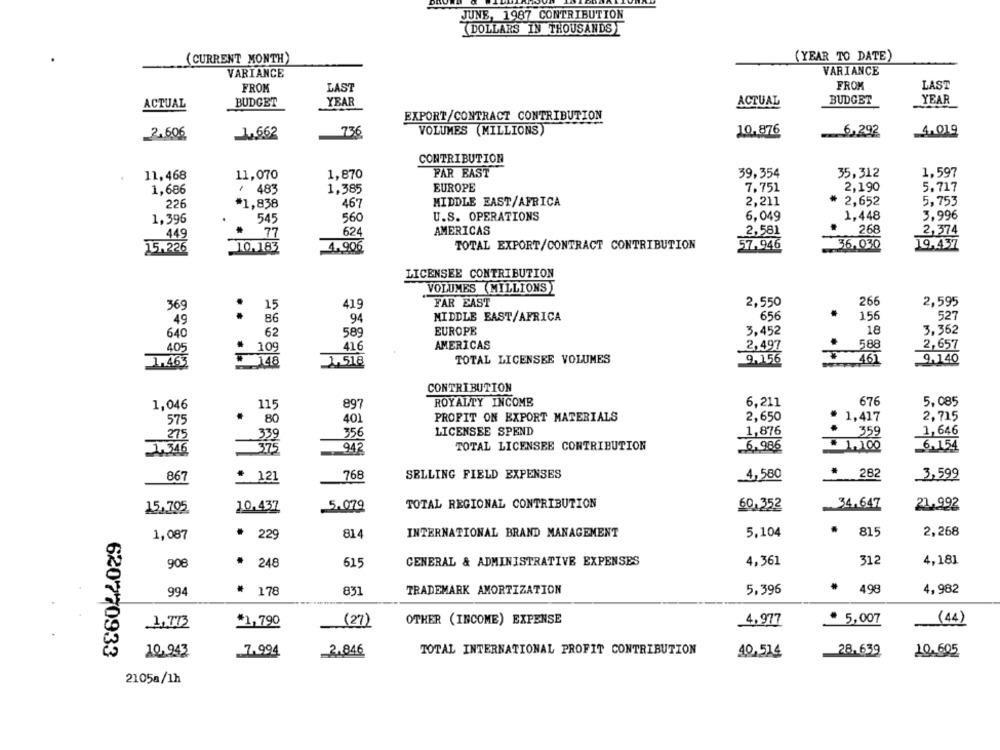
JUNE, 1987 CONTRIBUTION
DOLLARS IN THOUSANDS
(CURRENT MONTH)
(YEAR TO DATE)
VARIANCE
VARIANCE
FROM
LAST
FROM
LAST
ACTUAL
BUDGET
YEAR
ACTUAL
BUDGET
YEAR
EXPORT/CONTRACT CONTRIBUTION
2.606
1.662
736
VOLUMES (MILLIONS)
10.876
6,292
4.019
CONTRIBUTION
FAR EAST
39,354
35,312
1.597
11, 468
11,070
1,870
EUROPE
7,751
2,190
1,686
+ 485
1.385
5.717
MIDDLE EAST/AFRICA
2,211
2,652
5,753
226
*1,838
467
560
U.S. OPERATIONS
6,049
1,448
3,996
1,396
545
77
624
AMERICAS
2,581
268
2,374
449
1.226
TOTAL EXPORT/CONTRACT CONTRIBUTION
57,946
36,030
19,437
10.183
4.906
LICENSEE CONTRIBUTION
VOLUMES (MILLIONS)
266
369
15
419
FAR EAST
2,550
2,595
656
.
156
49
..
86
94
MIDDLE EAST/AFRICA
527
EUROPE
3.452
18
3,362
640
62
589
AMERICAS
2,497
588
2,657
405
416
TOTAL LICENSEE VOLUMES
9.156
+ 461
9.140
1.463
CONTRIBUTION
1,046
115
897
ROYALTY INCOMB
6,211
676
5,085
575
.
80
401
PROFIT ON EXPORT MATERIALS
2,650
* 1,417
2,715
275
356
LICENSEE SPEND
1,876
359
1, 646
2.316
942
TOTAL LICENSEE CONTRIBUTION
6.986
.100
6.154
867
* 121
768
SELLING FIELD EXPENSES
4,580
282
3,599
15,705
10.437
5.079
TOTAL REGIONAL CONTRIBUTION
60,352
34,647
21,992
5,104
2,268
1,087
* 229
814
INTERNATIONAL BRAND MANAGEMENT
* 815
908
.
248
GENERAL & ADMINISTRATIVE EXPENSES
4,361
312
4,181
615
994
178
831
TRADEMARK AMORTIZATION
5,396
498
4,982
1,773
(27)
OTHER (INCOME) EXPENSE
4,977
+ 5,007
(44)
$1,790
10,943
7.994
2.846
TOTAL INTERNATIONAL PROFIT CONTRIBUTION
28.639
10.605
620770933
40.524
2105a/1h